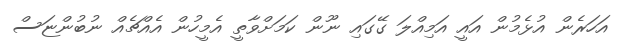
އަހަރެން އުޅެމުން އައީ އަމިއްލަ ގޭގައި ނޫން ކަމަށްވާތީ އެމީހުން އެއްޗެއް ނުބުންޏަސް